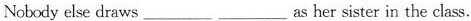
Nobodyelse draws___ ___as her sister in the class.